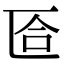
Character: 匼